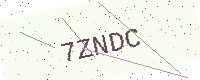
Text: 7ZNDC